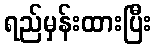
ရည်မှန်းထားပြီး